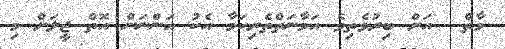
މާތް  އަށް ބިރުވެތިވެ އަމާނަތްތެރިކަމާ އެކު އަންނަން އޮތް ޖީލަށް މި